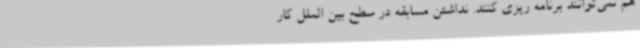
هم نمی‌توانند برنامه‌ ریزی کنند. نداشتن مسابقه در سطح بین الملل کار